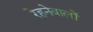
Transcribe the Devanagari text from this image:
रेहनेवालों